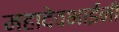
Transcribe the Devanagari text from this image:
महादेवभाईंनी